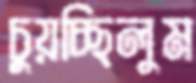
চুয়চ্ছিলুম